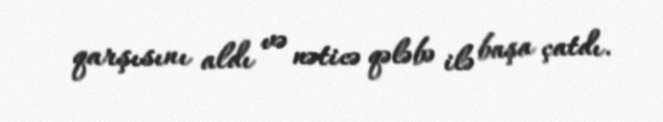
qarşısını aldı və nəticə qələbə ilə başa çatdı.